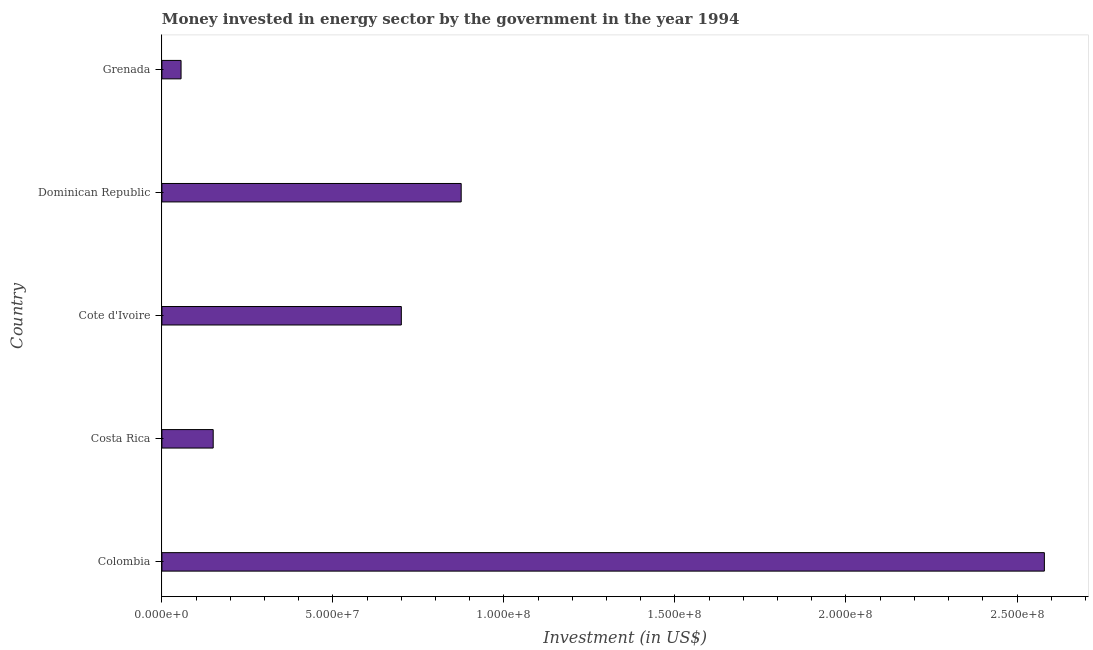
| Country | Investment in energy with private participation (current US$) |
 | --- | --- |
 | Colombia | 2.58e+08 |
 | Costa Rica | 1.5e+07 |
 | Cote d'Ivoire | 7e+07 |
 | Dominican Republic | 8.75e+07 |
 | Grenada | 5.6e+06 |